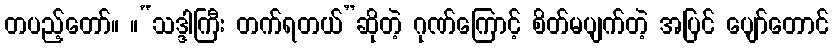
တပည့်တော်။ ။“သဒ္ဒါကြီး တက်ရတယ်”ဆိုတဲ့ ဂုဏ်ကြောင့် စိတ်မပျက်တဲ့ အပြင် ပျော်တောင်